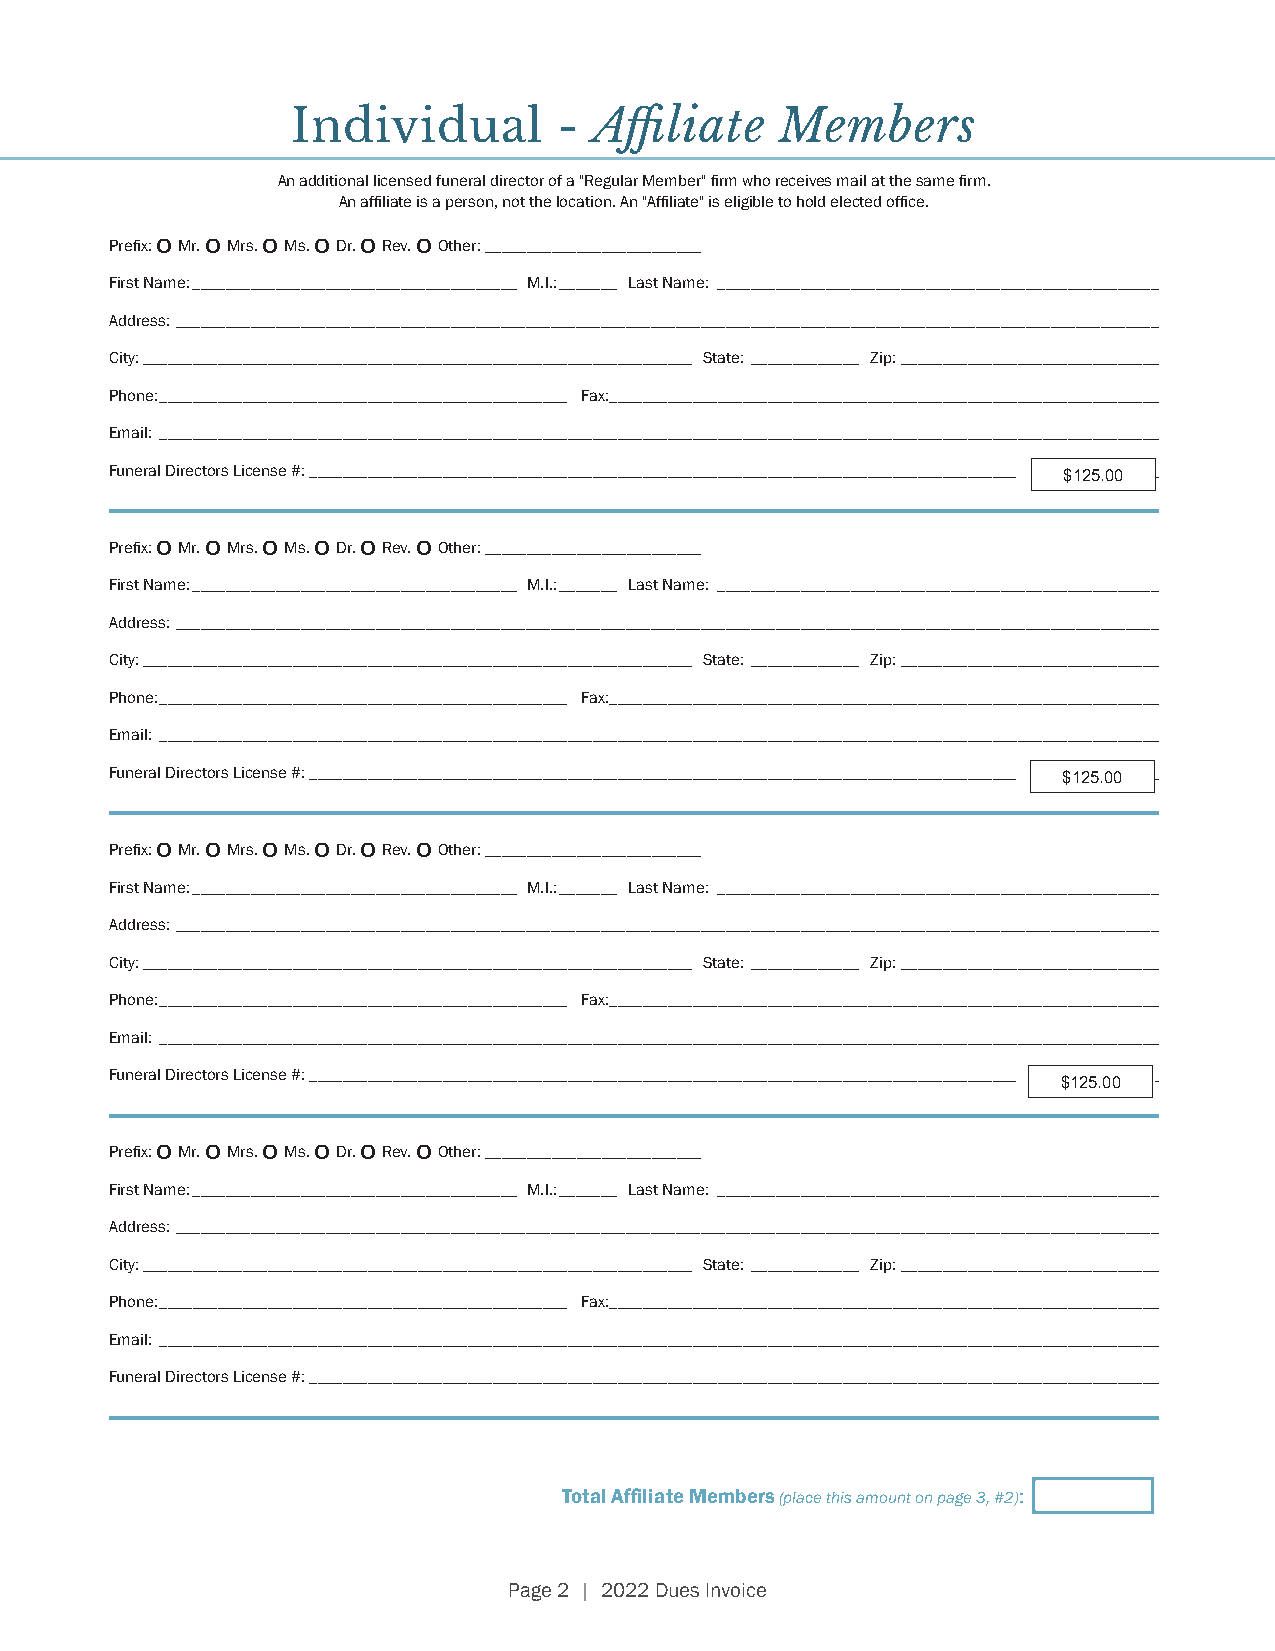
Individual        - Affiliate    Members
 An additional licensed funeral director of a "Regular Member" firm who receives mail at the same firm.
 An affiliate is a person, not the location. An "Affiliate" is eligible to hold elected office.
 Prefix:
 o
 Mr.
 o
 Mrs.
 o
 Ms.
 o
 Dr.
 o
 Rev.
 o
 Other: __________________________
 First Name: _______________________________________ M.I.: _______ Last Name: _____________________________________________________
 Address: ______________________________________________________________________________________________________________________
 City: __________________________________________________________________ State: _____________ Zip: _______________________________
 Phone: _________________________________________________ Fax:__________________________________________________________________
 Email: ________________________________________________________________________________________________________________________
 Funeral Directors License #: ___________________________________________________________________________________________$_1_2_5_._0_0_____
 Prefix:
 o
 Mr.
 o
 Mrs.
 o
 Ms.
 o
 Dr.
 o
 Rev.
 o
 Other: __________________________
 First Name: _______________________________________ M.I.: _______ Last Name: _____________________________________________________
 Address: ______________________________________________________________________________________________________________________
 City: __________________________________________________________________ State: _____________ Zip: _______________________________
 Phone: _________________________________________________ Fax:__________________________________________________________________
 Email: ________________________________________________________________________________________________________________________
 Funeral Directors License #: ___________________________________________________________________________________________$_1_2_5_._0_0_____
 Prefix:
 o
 Mr.
 o
 Mrs.
 o
 Ms.
 o
 Dr.
 o
 Rev.
 o
 Other: __________________________
 First Name: _______________________________________ M.I.: _______ Last Name: _____________________________________________________
 Address: ______________________________________________________________________________________________________________________
 City: __________________________________________________________________ State: _____________ Zip: _______________________________
 Phone: _________________________________________________ Fax:__________________________________________________________________
 Email: ________________________________________________________________________________________________________________________
 Funeral Directors License #: ______________________________________________________________________________________________________
 $125.00
 Prefix:
 o
 Mr.
 o
 Mrs.
 o
 Ms.
 o
 Dr.
 o
 Rev.
 o
 Other: __________________________
 First Name: _______________________________________ M.I.: _______ Last Name: _____________________________________________________
 Address: ______________________________________________________________________________________________________________________
 City: __________________________________________________________________ State: _____________ Zip: _______________________________
 Phone: _________________________________________________ Fax:__________________________________________________________________
 Email: ________________________________________________________________________________________________________________________
 Funeral Directors License #: ______________________________________________________________________________________________________
 Total Affiliate Members (place this amount on page 3, #2):
 Page 2 | 2022 Dues Invoice